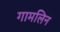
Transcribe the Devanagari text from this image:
गामलिन